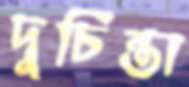
দুচিন্তা